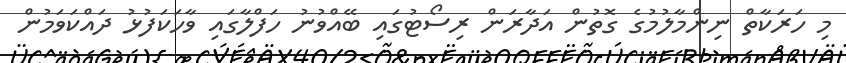
މި ހަރަކާތް ނިންމާލުމުގެ ގޮތުން އަދާރަން ރިސޯޓުގައި ބޭއްވުނު ހަފްލާގައި ވާހަކަފުޅު ދައްކަވަމުން